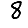
Digit: 8